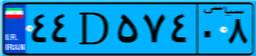
۸۵D۶۸۵۲۸